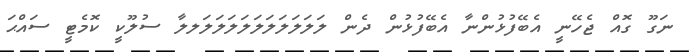
ނަގޫ ގޮއް ޖެހޭނީ އެބޭފުޅުންނާ އެބޭފުޅުން ދެން ލަލަލަަލަލަލަލަލަލަލަލލާ ސުލޫކީ ކޮމެޓީ ސައްޙަ